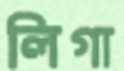
লিগা